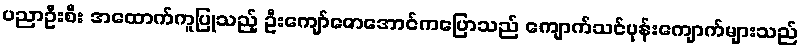
ပညာဦးစီး အထောက်ကူပြုသည့် ဦးကျော်ဇောအောင်ကပြောသည် ကျောက်သင်ပုန်းကျောက်များသည်